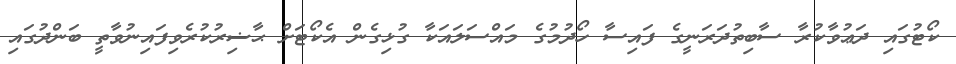
ކޯޓުގައި ދަޢުވާކުރާ ސާބިތުދަރަނީގެ ފައިސާ ހޯދުމުގެ މައްސަލައަކާ ގުޅިގެން އެކޯޓަށް ޙާޟިރުކުރެވިފައިނުވާތީ ބަންދުގައި